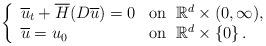
LaTeX: \begin{align*} \left\{\begin{array}{ll} \overline{u}_t+\overline{H}(D\overline{u})=0 & \textrm{on}\;\;\mathbb{R}^d\times(0,\infty), \\ \overline{u}=u_0 & \textrm{on}\;\;\mathbb{R}^d\times\left\{0\right\}.\end{array}\right.\end{align*}